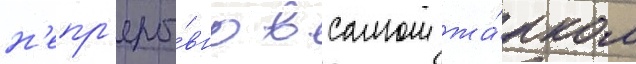
н'епр'еры́вно в самом жа́рком